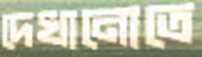
দেখানোতে